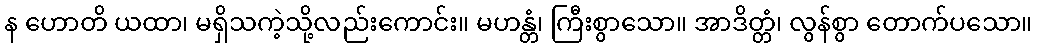
န ဟောတိ ယထာ၊ မရှိသကဲ့သို့လည်းကောင်း။ မဟန္တံ၊ ကြီးစွာသော။ အာဒိတ္တံ၊ လွန်စွာ တောက်ပသော။